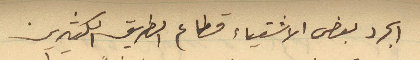
الجرد بعض الاشقياء قطاع الطريق الكثيرين